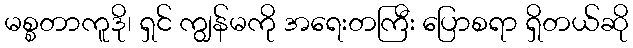
မစ္စတာကူဒို၊ ရှင် ကျွန်မကို အရေးတကြီး ပြောစရာ ရှိတယ်ဆို